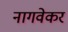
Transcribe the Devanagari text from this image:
नागवेकर